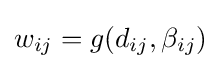
w_{ij}=g(d_{ij},\beta _{ij})